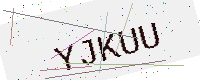
Text: YJKUU